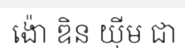
ង៉ោ ឌិន យ៉ីម ជា